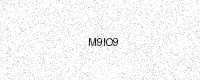
Text: M9IO9